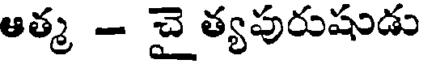
ఆత్మ - చై త్యపురుషుడు